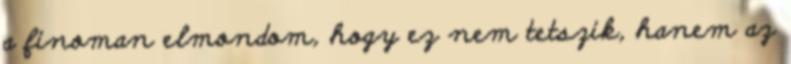
a finoman elmondom, hogy ez nem tetszik, hanem az